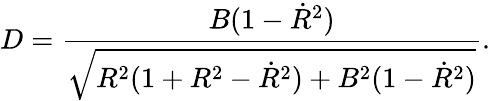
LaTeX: D=\frac{B(1-\dot{R}^{2})}{\sqrt{R^{2}(1+R^{2}-\dot{R}^{2})+B^{2}(1-\dot{R}^{2})}}.